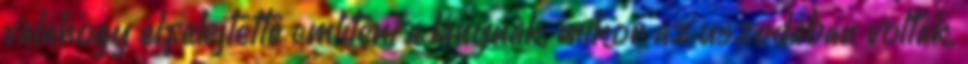
valahogy elfelejtette említeni a lánynak, mikor az uszodában voltak,